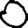
Digit: 0